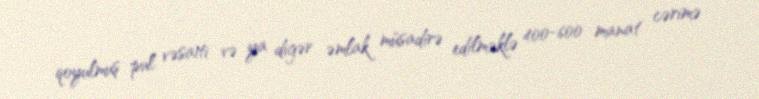
qoyulmuş pul vəsaiti və ya digər əmlak müsadirə edilməklə 400-600 manat cərimə